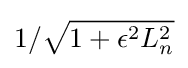
1/{\sqrt {1+\epsilon ^{2}L_{n}^{2}}}